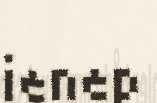
ienep